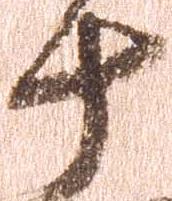
十